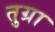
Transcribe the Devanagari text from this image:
तुग्रा